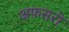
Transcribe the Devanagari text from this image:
अफ़सरो